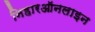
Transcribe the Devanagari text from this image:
निहारऑनलाइन